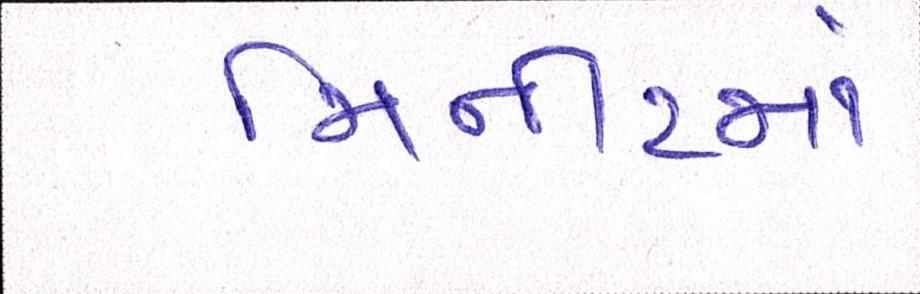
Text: મિનીટમાં